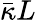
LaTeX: \bar{\kappa}L